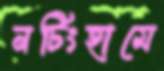
নটিংহামে